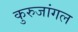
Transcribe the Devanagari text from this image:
कुरुजांगल